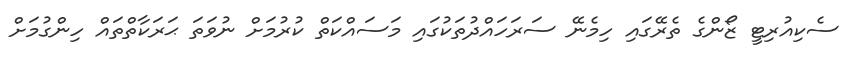
ސެކިއުރިޓީ ޒޯންގެ ތެރޭގައި ހިމެނޭ ސަރަހައްދުތަކުގައި މަސައްކަތް ކުރުމަށް ނުވަތަ ޙަރަކާތްތައް ހިންގުމަށް